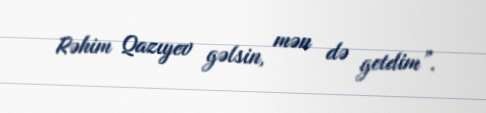
Rəhim Qazıyev gəlsin, mən də getdim”.